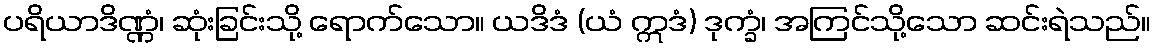
ပရိယာဒိဏ္ဏံ၊ ဆုံးခြင်းသို့ ရောက်သော။ ယဒိဒံ (ယံ ဣဒံ) ဒုက္ခံ၊ အကြင်သို့သော ဆင်းရဲသည်။